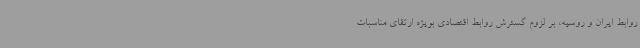
روابط ایران و روسیه، بر لزوم گسترش روابط اقتصادی بویژه ارتقای مناسبات